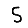
Digit: 5